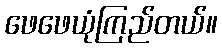
ဖေဖေယုံကြည်တယ်။